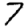
Digit: 7